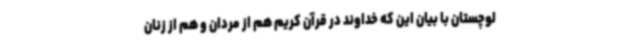
لوچستان با بیان این که خداوند در قرآن کریم هم از مردان و هم از زنان